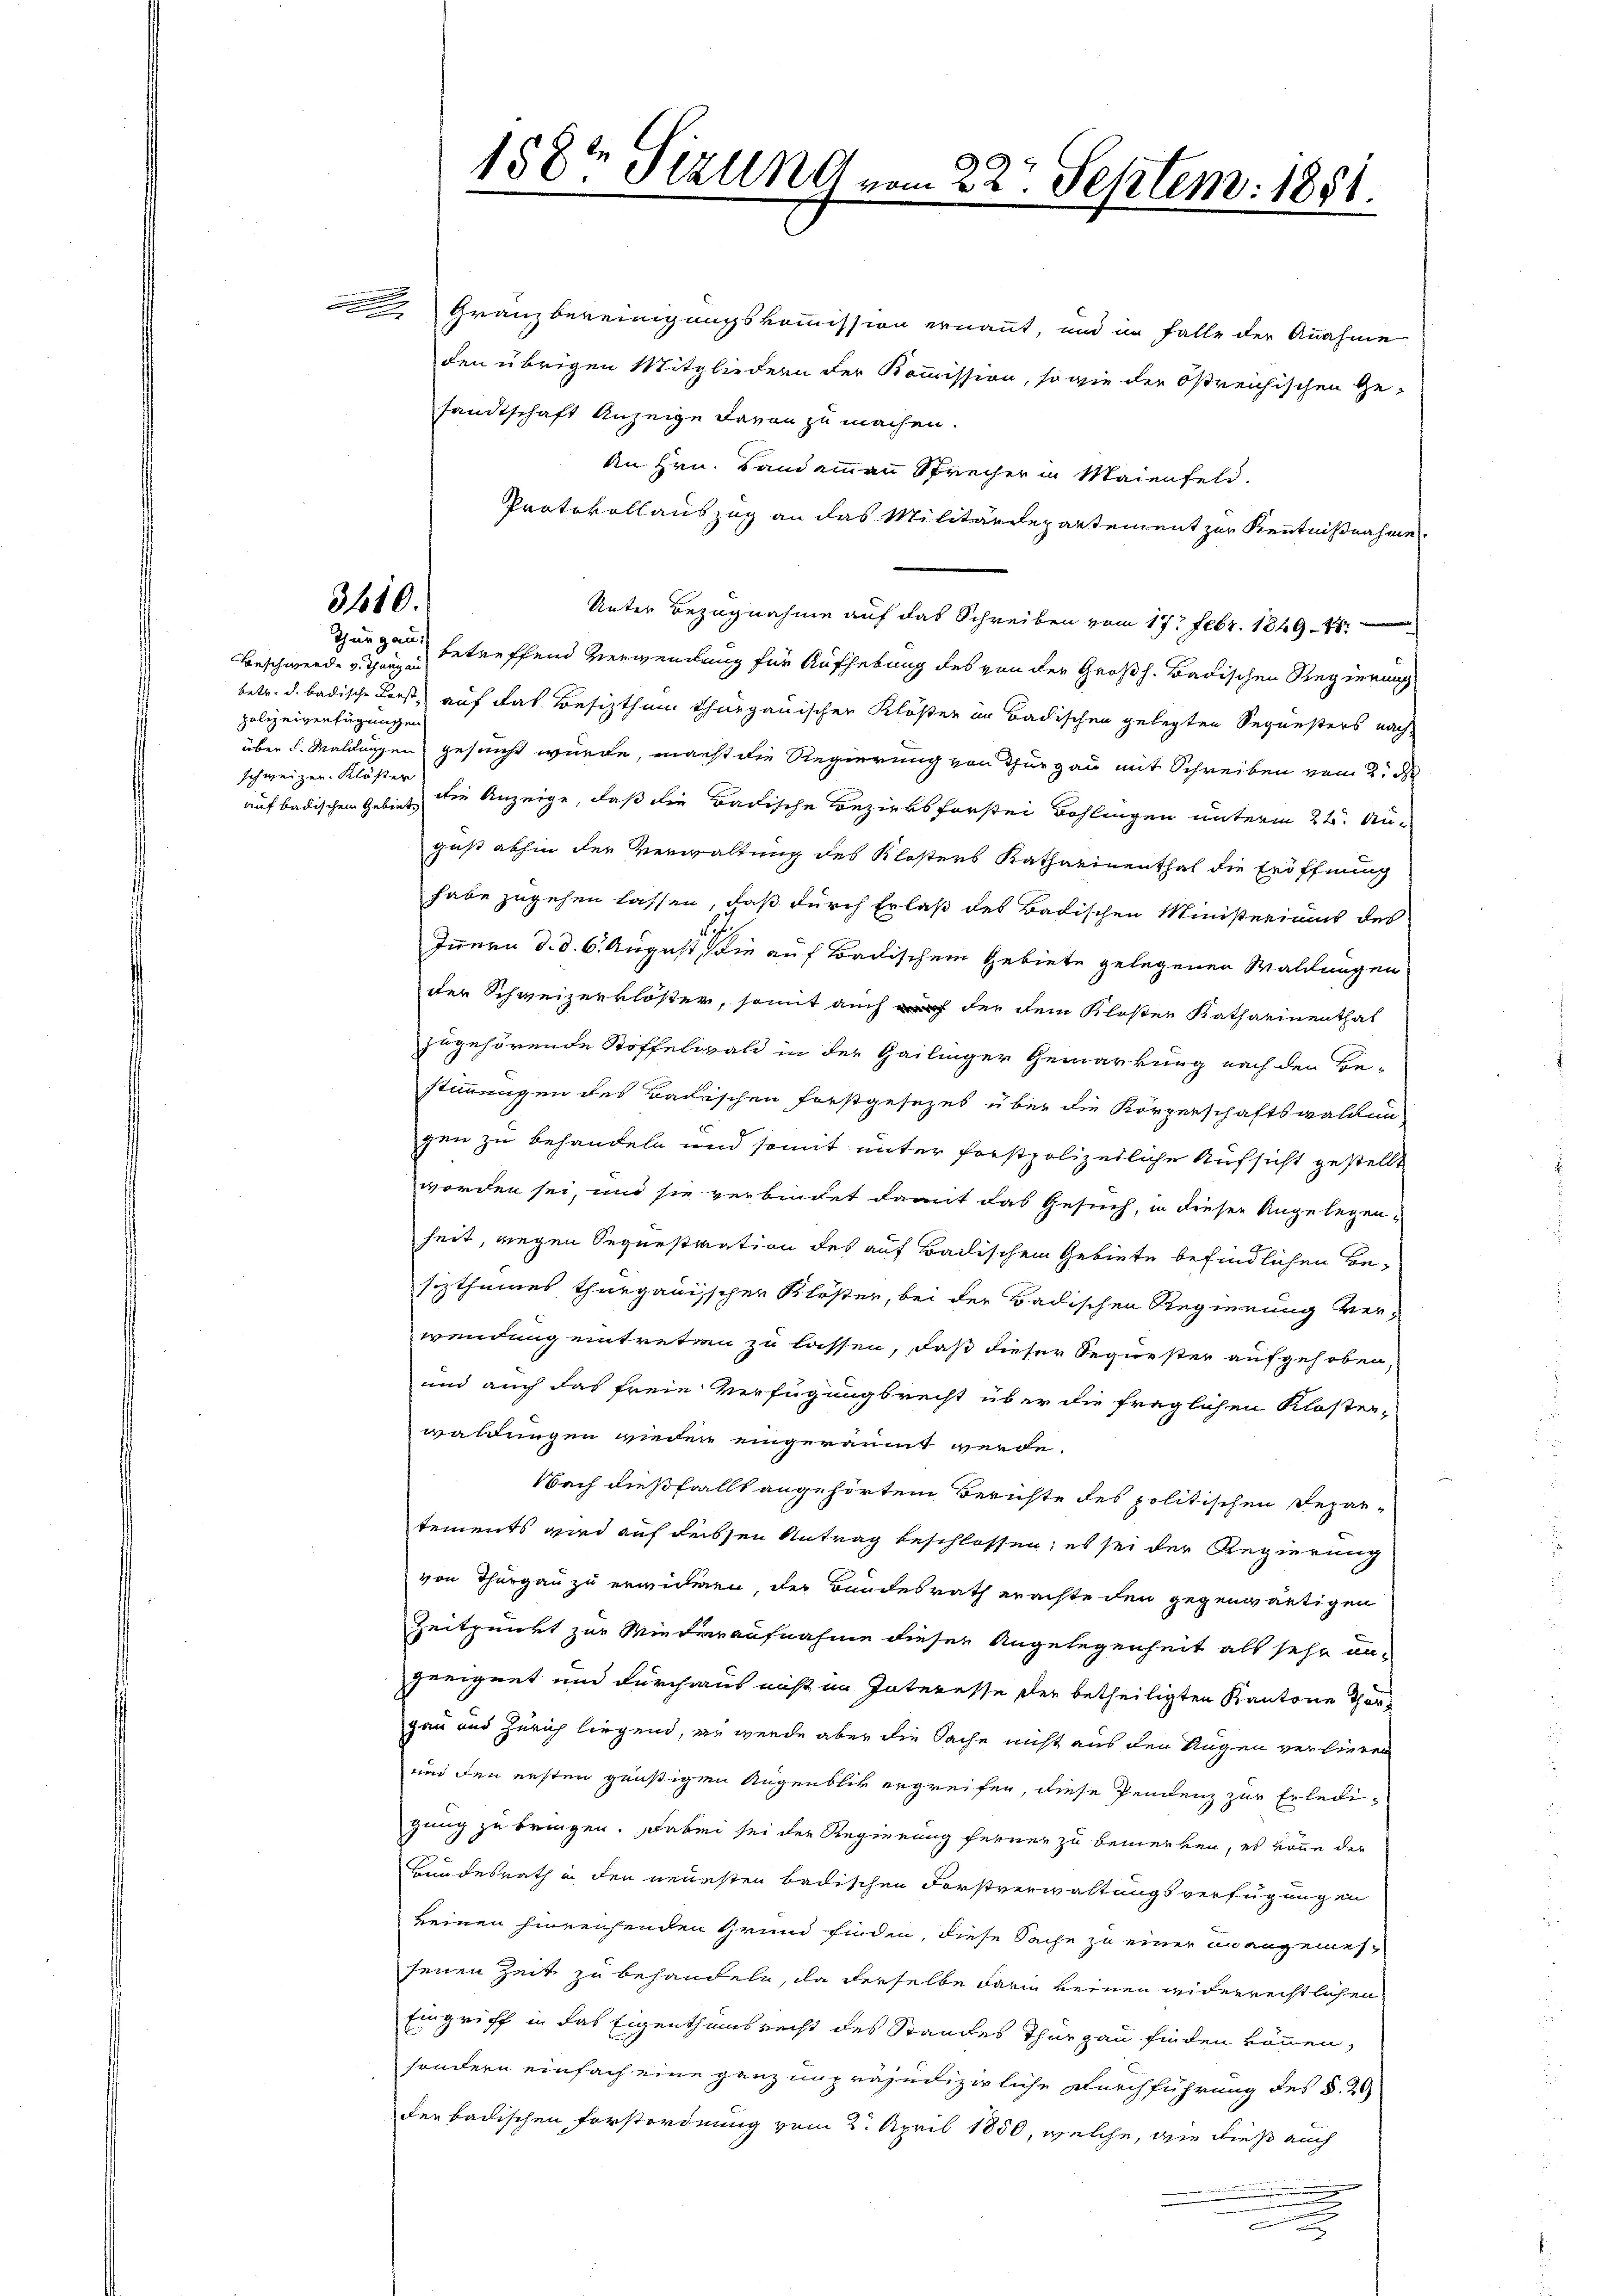
e
e

3410.

Beschwerde v. Thurgau
polizeiverfügungen
schweizer. Klöster
auf badischen Gebiet

Granzbereinigungskommission ernannt, und im Falle der Annahme
den übrigen Mitgliedern der Kommission, so wie der Ostreichischen Ge-
sandtschaft Anzeige davon zu machen.
An Hrn. Landammann Sprecher in Maienfeld.
Protokollauszug an das Militärdepartement zur Kenntnißnahme
Unter Bezugnahme auf das Schreiben vom 17. Febr. 1849. 47
Thurgau betreffend Verwendung für Aufhebung des von der Großh. Badischen Regierung
betr. d. badische Forst auf das Besitzthum thurgauischen Klöster in Badischen gelegten Sequesters nach-
über d. Waldungen gesucht wurde, macht die Regierung von Thurgau mit Schreiben vom 2. d
die Anzeige, daß die Badische Bezirksforstei Bohlingen unterm 21. Au-
gust abhin der Verwaltung des Klosters Katharinenthal die Eröffnung
habe zugehen lassen, daß durch Erlaß des Badischen Ministeriums des
Innern d. d. 6. August, die auf Badischem Gebiete gelegenen Waldungen
der Schweizerklöster, somit auch der dem Kloster Katharinenthal
zugehörende Stoffelwald in der Gailinger Gemarkung nach den Be-
stimmungen des Badischen Forstgesezes über die Körperschaftswaldung
gen zu behandeln und somit unter forstpolizeiliche Aufsicht gestellt
worden sei, und sie verbindet damit das Gesuch, in dieser Angelegen-
heit, wegen Sequestration des auf Bailischen Gebiete befindlichen Besiztheines thurgauischer Klöster, bei der Badischen Regierung ver-
wendung eintreten zu lassen, daß dieser Sequester aufgehoben,
und auch das freie Verfügungsrecht über die fraglichen Kloster-
waldungen wieder eingeräumt werde.
Nach dießfällt angehörtem Berichte des politischen Depar-
tements wird auf dessen Antrag beschlossen; es sei der Regierung
von Thurgau zu erwideren, der Bundesrath erachte den gegenwärtigen
Zeitpunkt zur Wiederaufnahme dieser Angelegenheit als sehr an-
geeignet und durchaus nicht im Interesse der betheiligten Kantone Thurgau und Zürich liegend, er werde aber die Sache nicht aus den Augen verlieren
und den ersten günstigen Augenblik ergreifen, diese Pendenz zur Erledigung zu bringen. Dabei sei der Regierung ferner zu bemerken, es könne der
Bundesrath in den neuesten badischen Forstverwaltungsverfügungen
keinen hinreichenden Grund finden, diese Sache zu einer unangemessenen Zeit zu behandeln, da derselbe darin keinen widerrechtlichen
Eingriff in das Eigenthumsrecht des Standes Thurgau finden können,
sondern einfach eine ganz unpräjudizierliche Durchführung des §. 20
der badischen Forstordnung vom 2. April 1850, welche, wie dieß auch
n

158 Sizung von

22. Septem. 1851.